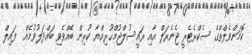
ކޮމަންވެލްތްގެ ސެކްރެޓެރީ ޖެނެރަލް އާއި ރައީސުލްޖުމްޙޫރިއްޔާ ކުރިން ބޭއްވެވި ބައްދަލުވުމެއް  ފައިލް